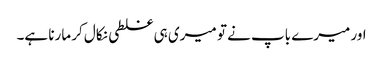
اور میرے باپ نے تو میری ہی غلطی نکال کر مارنا ہے۔